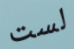
لست